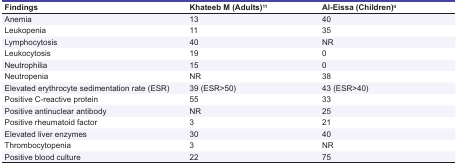
<table><thead><tr><td><b>Findings</b></td><td><b>Khateeb M (Adults)<sup>11</sup></b></td><td><b>Al-Eissa (Children)<sup>4</sup></b></td></tr></thead><tbody><tr><td>Anemia</td><td>13</td><td>40</td></tr><tr><td>Leukopenia</td><td>11</td><td>35</td></tr><tr><td>Lymphocytosis</td><td>40</td><td>NR</td></tr><tr><td>Leukocytosis</td><td>19</td><td>0</td></tr><tr><td>Neutrophilia</td><td>15</td><td>0</td></tr><tr><td>Neutropenia</td><td>NR</td><td>38</td></tr><tr><td>Elevated erythrocyte sedimentation rate (ESR)</td><td>39 (ESR&gt;50)</td><td>43 (ESR&gt;40)</td></tr><tr><td>Positive C-reactive protein </td><td>55</td><td>33</td></tr><tr><td>Positive antinuclear antibody </td><td>NR</td><td>25</td></tr><tr><td>Positive rheumatoid factor</td><td>3</td><td>21</td></tr><tr><td>Elevated liver enzymes</td><td>30</td><td>40</td></tr><tr><td>Thrombocytopenia</td><td>3</td><td>NR</td></tr><tr><td>Positive blood culture</td><td>22</td><td>75</td></tr></tbody></table>